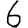
Digit: 6